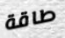
طاقة